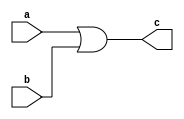
module or2(a,b,c);
	input a,b;
	output c;
	assign c=a|b;
endmodule